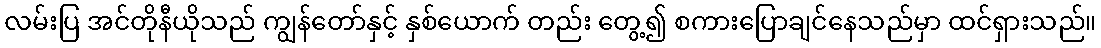
လမ်းပြ အင်တိုနီယိုသည် ကျွန်တော်နှင့် နှစ်ယောက် တည်း တွေ့၍ စကားပြောချင်နေသည်မှာ ထင်ရှားသည်။